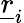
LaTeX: \underline{{r}}_{i}